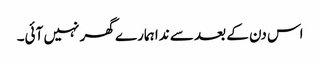
اس دن کے بعد سے ندا ہمارے گھر نہیں آئی۔